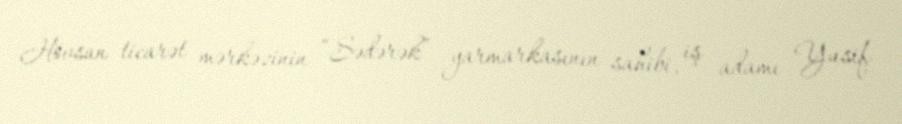
Hövsan ticarət mərkəzinin “Sədərək” yarmarkasının sahibi, iş adamı Yusif